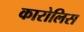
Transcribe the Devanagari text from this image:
कारोलिस